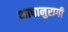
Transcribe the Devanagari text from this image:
भाषानुरागी